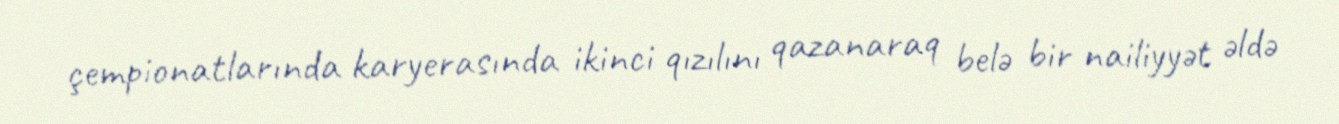
çempionatlarında karyerasında ikinci qızılını qazanaraq belə bir nailiyyət əldə